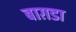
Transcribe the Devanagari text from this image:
बाग़डा